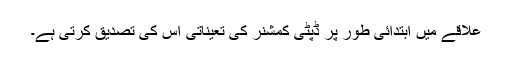
علاقے میں ابتدائی طور پر ڈپٹی کمشنر کی تعیناتی اِس کی تصدیق کرتی ہے۔